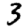
Digit: 3